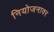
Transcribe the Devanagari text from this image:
नियोजनावर